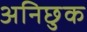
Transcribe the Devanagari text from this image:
अनिछुक